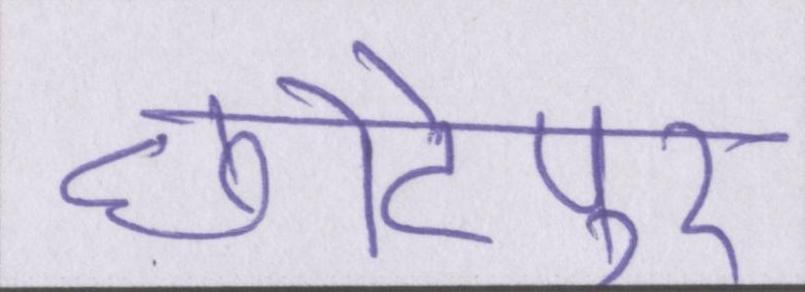
छोटेपुर